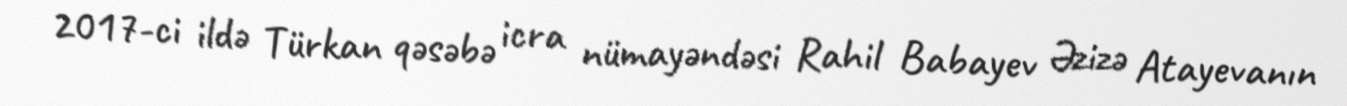
2017-ci ildə Türkan qəsəbə icra nümayəndəsi Rahil Babayev Əzizə Atayevanın